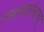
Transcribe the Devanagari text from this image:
न्यायदर्शनाचा